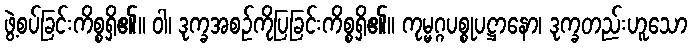
ဖွဲ့စပ်ခြင်းကိစ္စရှိ၏။ ဝါ၊ ဒုက္ခအစဉ်ကိုပြခြင်းကိစ္စရှိ၏။ ကုမ္မဂ္ဂပစ္စုပဋ္ဌာနော၊ ဒုက္ခတည်းဟူသော